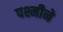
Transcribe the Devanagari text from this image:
पश्मीने